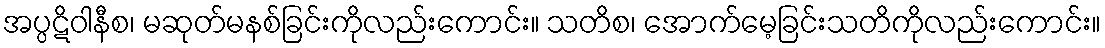
အပ္ပဋိဝါနီစ၊ မဆုတ်မနစ်ခြင်းကိုလည်းကောင်း။ သတိစ၊ အောက်မေ့ခြင်းသတိကိုလည်းကောင်း။